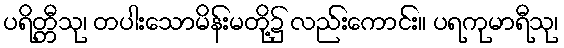
ပရိတ္တီသု၊ တပါးသောမိန်းမတို့၌ လည်းကောင်း။ ပရကုမာရီသု၊